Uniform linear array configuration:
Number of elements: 64
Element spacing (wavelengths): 0.25
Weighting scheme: cosine
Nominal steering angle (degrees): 15
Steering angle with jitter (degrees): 15.805
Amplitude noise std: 0.05
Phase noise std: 0.05

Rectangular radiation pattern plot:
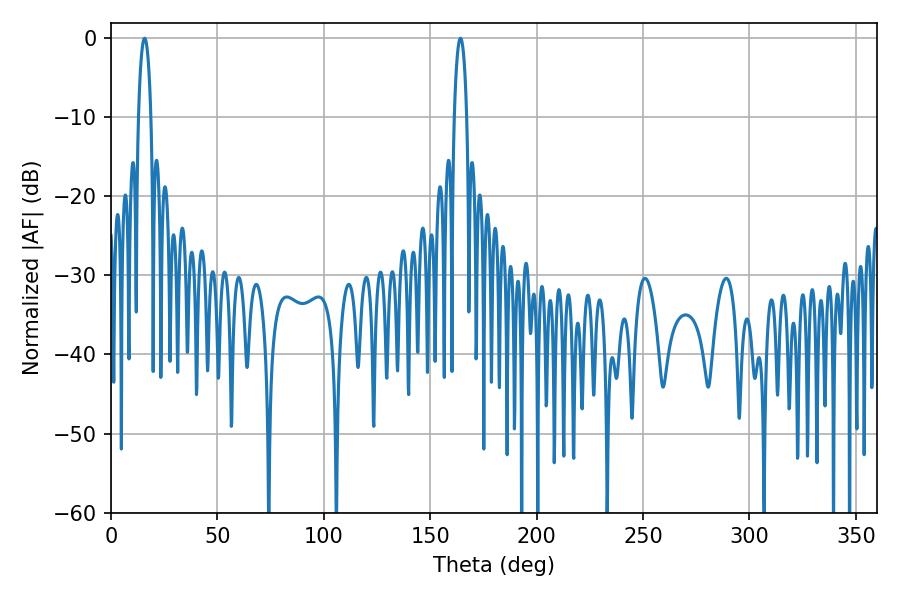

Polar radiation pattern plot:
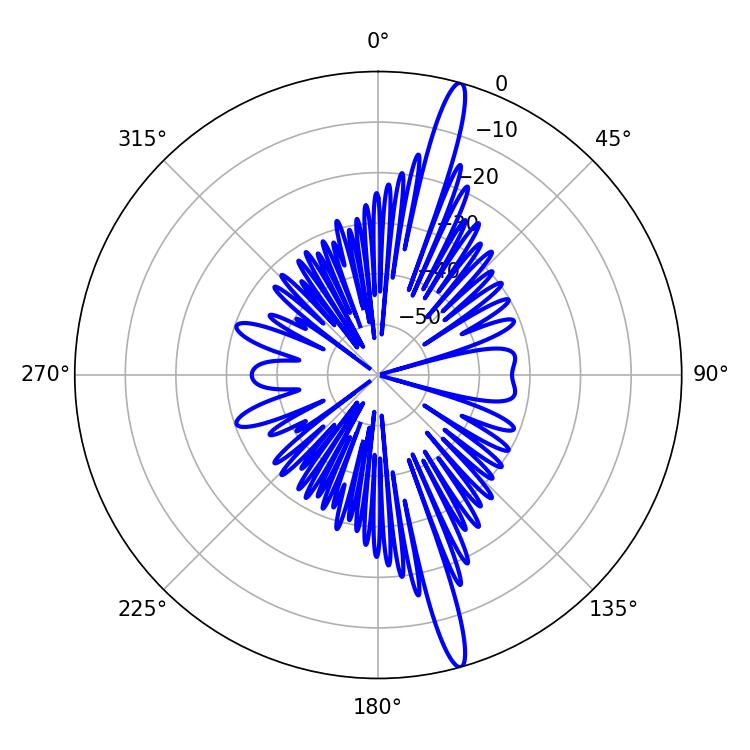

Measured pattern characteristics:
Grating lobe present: FALSE
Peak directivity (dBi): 17.486
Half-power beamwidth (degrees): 3.24
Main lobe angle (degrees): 164.16